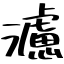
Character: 濾